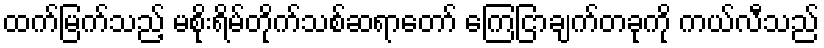
ထက်မြက်သည့် မစိုးရိမ်တိုက်သစ်ဆရာတော် ကြေငြာချက်တခုကို ကယ်လီသည်